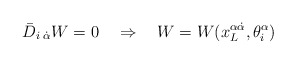
\begin{align*} \bar D_{i\;\dot\alpha}W=0 \quad\Rightarrow \quad W=W(x^{\alpha\dot\alpha}_L,\theta^\alpha_i)\end{align*}